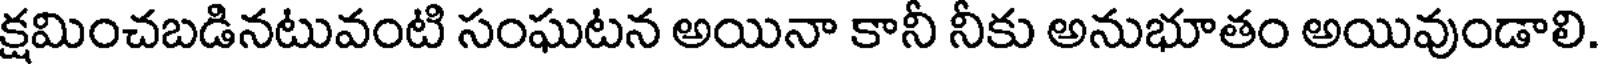
క్షమించబడినటువంటి సంఘటన అయినా కానీ నీకు అనుభూతం అయివుండాలి.